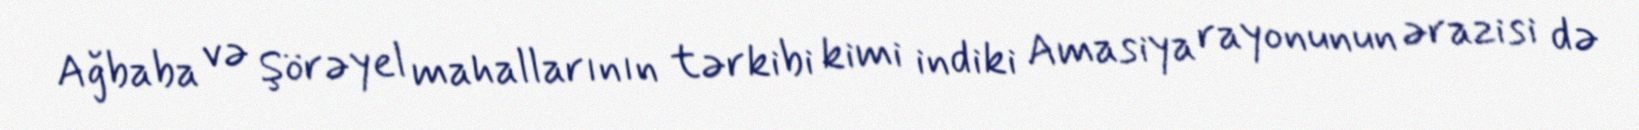
Ağbaba və Şörəyel mahallarının tərkibi kimi indiki Amasiya rayonunun ərazisi də